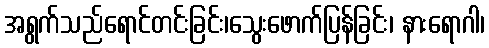
အရွက်သည်ရောင်တင်းခြင်း၊သွေးဖောက်ပြန်ခြင်း၊ နားရောဂါ၊